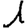
Digit: 1